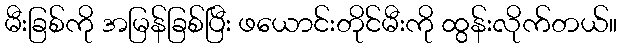
မီးခြစ်ကို အမြန်ခြစ်ပြီး ဖယောင်းတိုင်မီးကို ထွန်းလိုက်တယ်။